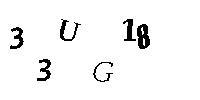
33UG18